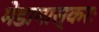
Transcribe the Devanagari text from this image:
मेडागास्करः